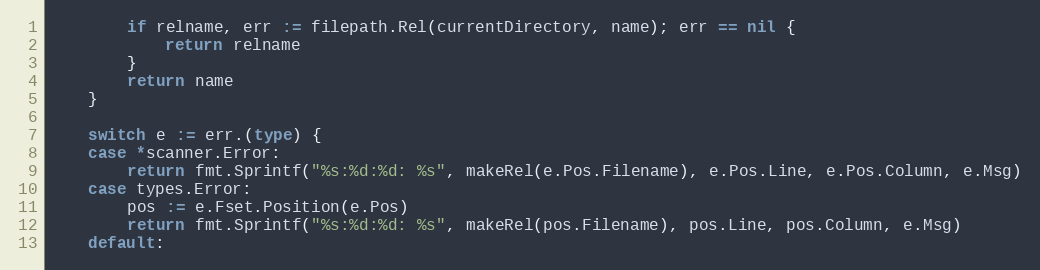
Language: Go
		if relname, err := filepath.Rel(currentDirectory, name); err == nil {
			return relname
		}
		return name
	}

	switch e := err.(type) {
	case *scanner.Error:
		return fmt.Sprintf("%s:%d:%d: %s", makeRel(e.Pos.Filename), e.Pos.Line, e.Pos.Column, e.Msg)
	case types.Error:
		pos := e.Fset.Position(e.Pos)
		return fmt.Sprintf("%s:%d:%d: %s", makeRel(pos.Filename), pos.Line, pos.Column, e.Msg)
	default: